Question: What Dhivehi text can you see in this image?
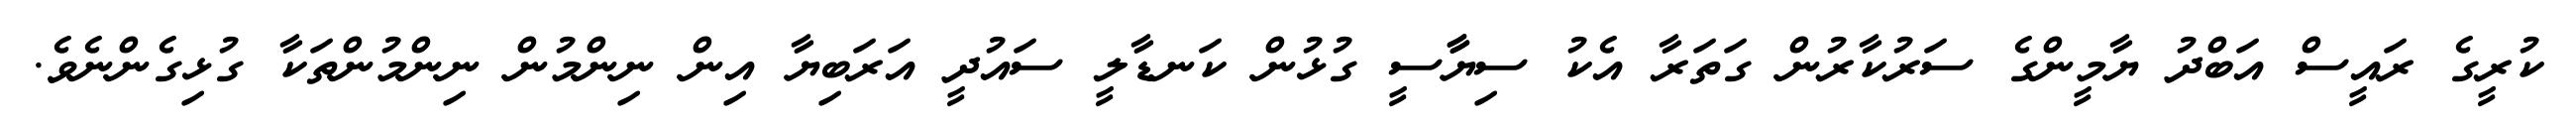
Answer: ކުރީގެ ރައީސް އަބްދު ޔާމީންގެ ސަރުކާރުން ގަތަރާ އެކު ސިޔާާސީ ގުޅުން ކަނޑާލީ ސައުދީ އަރަބިޔާ އިން ނިންމުން ނިންމުންތަކާ ގުޅިގެންނެވެ.